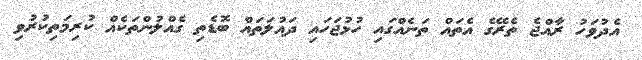
އެދުވަހު ރާއްޖެ ތެރޭގެ އެތައް ތަނެއްގައި ހުޅުޖަހައި ދައުލަތައް ބޮޑެތި ގެއްލުންތަކެއް ކުރިމަތިކުރުވި